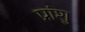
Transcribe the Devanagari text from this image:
प्रांशु